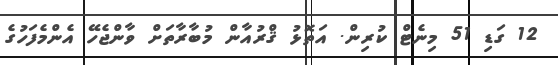
12 ގަޑި 51 މިނެޓް ކުރިން. އަތޮޅު ޤްރުއާން މުބާރާތަށް ވާންޖެހޭ އެންމެފަހުގެ